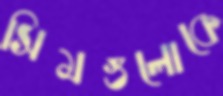
সিমগুলোকে